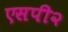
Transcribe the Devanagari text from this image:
एसपी२